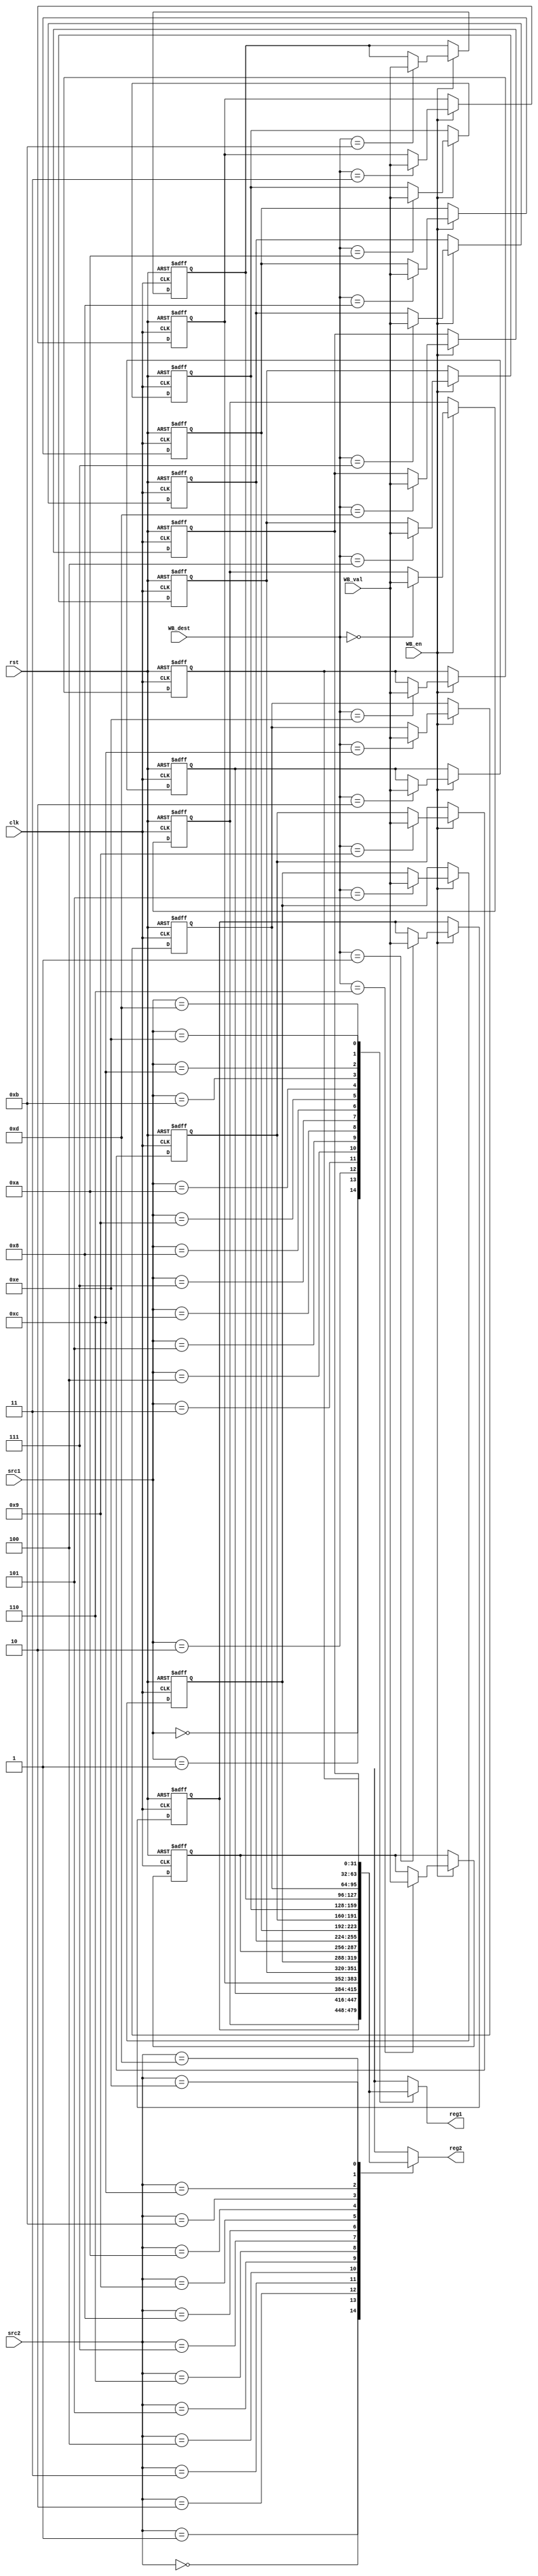
module Register_File(
    input clk, rst,
    input [3:0] src1, src2, WB_dest,
    input [31:0] WB_val,
    input WB_en,
    output [31:0] reg1, reg2
    );

    reg [31:0] registers [0:14];
    integer i;

    always @(negedge clk, posedge rst) begin
         if (rst) begin
            for (i = 0; i < 15; i = i + 1)
                registers[i] <= i;
        end
        else if (WB_en) begin
            registers[WB_dest] <= WB_val;
        end
    end
    
    assign reg1 = registers[src1];
    assign reg2 = registers[src2];

endmodule